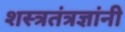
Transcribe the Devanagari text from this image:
शस्त्रतंत्रज्ञांनी